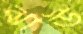
ঝাউ